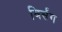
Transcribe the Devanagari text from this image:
विर्संग